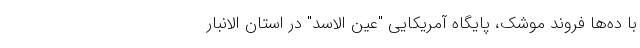
با ده‌ها فروند موشک، پایگاه آمریکایی "عین الاسد" در استان الانبار